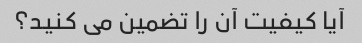
آیا کیفیت آن را تضمین می کنید؟